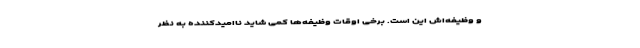
و وظیفه‌اش این است. برخی اوقات وظیفه‌ها کمی شاید ناامیدکننده به نظر